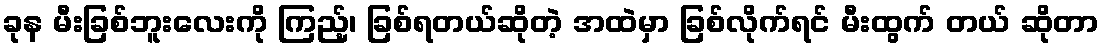
ခုန မီးခြစ်ဘူးလေးကို ကြည့်၊ ခြစ်ရတယ်ဆိုတဲ့ အထဲမှာ ခြစ်လိုက်ရင် မီးထွက် တယ် ဆိုတာ